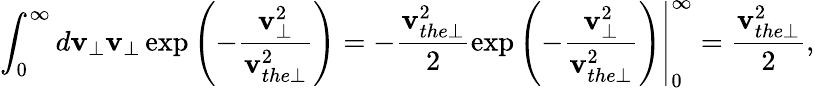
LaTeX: \int_{0}^{\infty}d\mathbf{v}_{\perp}\mathbf{v}_{\perp}\exp\left(-\frac{{\mathbf{v}_{\perp}^{2}}}{{\mathbf{v}_{the\perp}^{2}}}\right)=-\frac{{\mathbf{v}_{the\perp}^{2}}}{{2}}\left.\exp\left(-\frac{{\mathbf{v}_{\perp}^{2}}}{{\mathbf{v}_{the\perp}^{2}}}\right)\right|_{0}^{\infty}=\frac{{\mathbf{v}_{the\perp}^{2}}}{{2}},